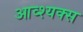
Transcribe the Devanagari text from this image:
आव्श्यक्स